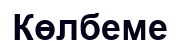
Көлбеме